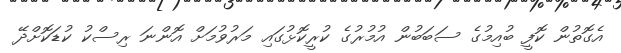
އެގޮތުން ކޮފީ ބުއިމުގެ ސަބަބުން އުމުރުގެ ކުރީކޮޅުގައި މަރުވުމަށް އޮންނަ ރިސްކު ކުޑަކޮށްދޭ